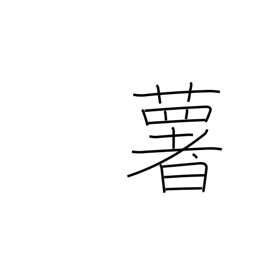
Meaning: potato